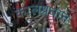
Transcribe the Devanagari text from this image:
कालप्रधान